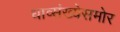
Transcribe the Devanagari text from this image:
धाव्संख्येसमोर